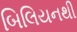
બિલિયનથી